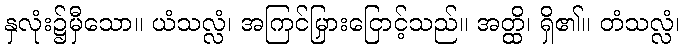
နှလုံး၌မှီသော။ ယံသလ္လံ၊ အကြင်မြှားငြောင့်သည်။ အတ္ထိ၊ ရှိ၏။ တံသလ္လံ၊